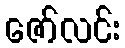
ဇော်လင်း